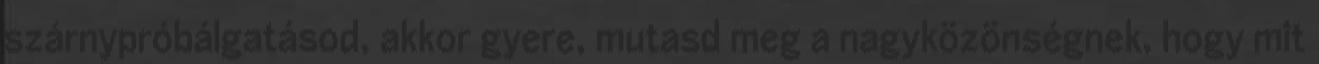
szárnypróbálgatásod, akkor gyere, mutasd meg a nagyközönségnek, hogy mit